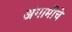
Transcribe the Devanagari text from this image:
अंगामीचे